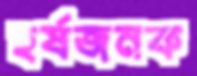
হর্ষজনক